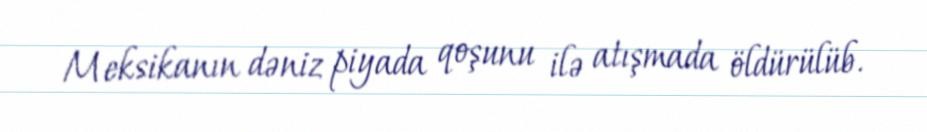
Meksikanın dəniz piyada qoşunu ilə atışmada öldürülüb.